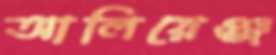
আলিয়েঞ্জ